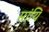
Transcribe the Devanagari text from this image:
मांयि